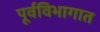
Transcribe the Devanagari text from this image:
पूर्वविभागात